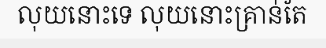
លុយនោះទេ លុយនោះគ្រាន់តែ